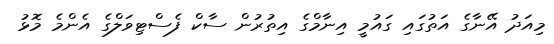
މިއަދު އޭނާގެ އަތުގައި ގައުމީ އިނާމްގެ އިތުރުން ސާކް ފެސްޓިވަލްގެ އެންމެ މޮޅު